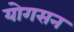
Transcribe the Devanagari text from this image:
योगसन